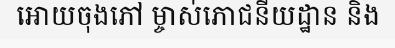
អោយចុងភៅ ម្ចាស់ភោជនីយដ្ឋាន និង